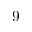
9